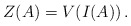
\begin{align*}Z(A)=V(I(A))\,.\end{align*}